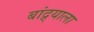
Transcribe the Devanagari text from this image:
बांद्र्याला